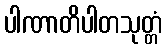
ပါဏာတိပါတသုတ္တံ